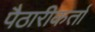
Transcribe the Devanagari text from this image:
पैठारीकर्ता